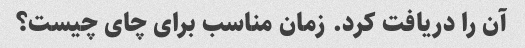
آن را دریافت کرد. زمان مناسب برای چای چیست؟